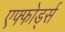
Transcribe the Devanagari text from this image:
एफ्फोर्ड्स